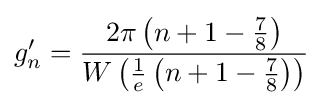
g'_{n}={\frac {2\pi \left(n+1-{\frac {7}{8}}\right)}{W\left({\frac {1}{e}}\left(n+1-{\frac {7}{8}}\right)\right)}}